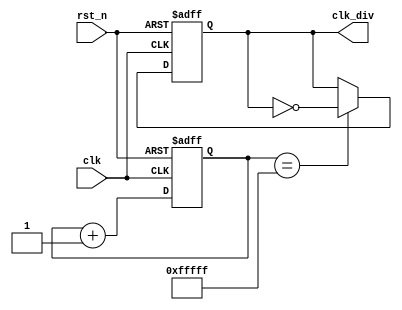
`timescale 1ns / 1ps
////////////////////////////////////////////////////////////////////////////////
// Company: 
// Engineer:
//
// Create Date:    
// Design Name:    
// Module Name:    
// Project Name:   
// Target Device:  
// Tool versions:  
// Description:
//
// Dependencies:
// 
// Revision:
// Revision 0.01 - File Created
// Additional Comments:
// EDNFPGA/CPLDhttp://group.ednchina.com/1375/
////////////////////////////////////////////////////////////////////////////////
module clkdiv(
			clk,rst_n,
			clk_div	
		);

input clk;		//50MHz
input rst_n;	//

output clk_div;	//

//---------------------------------------------------
reg[19:0] cnt;	//

always @ (posedge clk or negedge rst_n)	//
	if(!rst_n) cnt <= 20'd0;
	else cnt <= cnt+1'b1;	//cnt 20ms

//----------------------------------------------------
reg clk_div_r;	//clk_div

always @ (posedge clk or negedge rst_n) 
	if(!rst_n) clk_div_r <= 1'b0;
	else if(cnt == 20'hfffff) clk_div_r <= ~clk_div_r;	//20msclk_div_r

assign clk_div = clk_div_r;	

endmodule